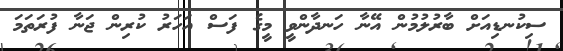
ސިކުނޑިއަށް ބާރުލުމުން އޭނާ ހަނދާންވީ މީގެ ފަސް އަހަރު ކުރިން ޖަނާ ފުރަތަމަ